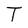
Character: T